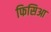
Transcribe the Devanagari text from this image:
फिसिआ